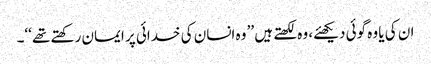
ان کی یا وہ گوئی دیکھئے، وہ لکھتے ہیں ’’ وہ انسان کی خدائی پر ایمان رکھتے تھے ‘‘۔